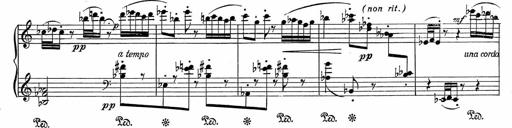
Title: 3Ã¨me Sonatine
Composer: Raffaele d' Alessandro